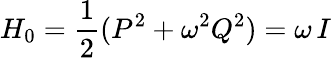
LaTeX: H_{0}=\frac{1}{2}(P^{2}+\omega^{2}Q^{2})=\omega\, I